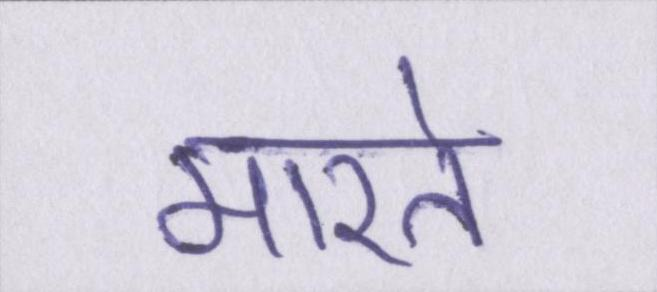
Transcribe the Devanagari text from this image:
मारते